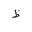
Letter: _za